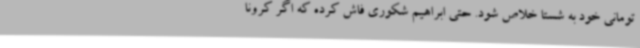
تومانی خود به شستا خلاص شود. حتی ابراهیم شکوری فاش کرده که اگر کرونا